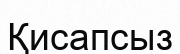
Қисапсыз